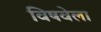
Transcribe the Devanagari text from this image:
विषवेला